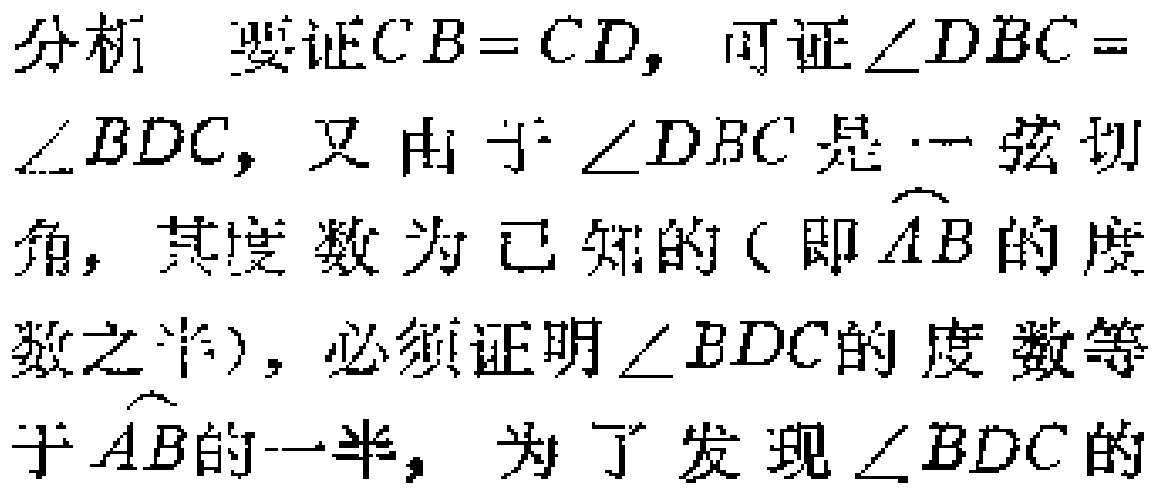
分析 要证\(CB = CD\)，可证\(\angle DBC =\)
\(\angle BDC\)，又由于\(\angle DBC\)是一弦切
角，其度数为已知的（即\(\overset{\frown}{AB}\)的度
数之半），必须证明\(\angle BDC\)的度数等
于\(\overset{\frown}{AB}\)的一半，为了发现\(\angle BDC\)的